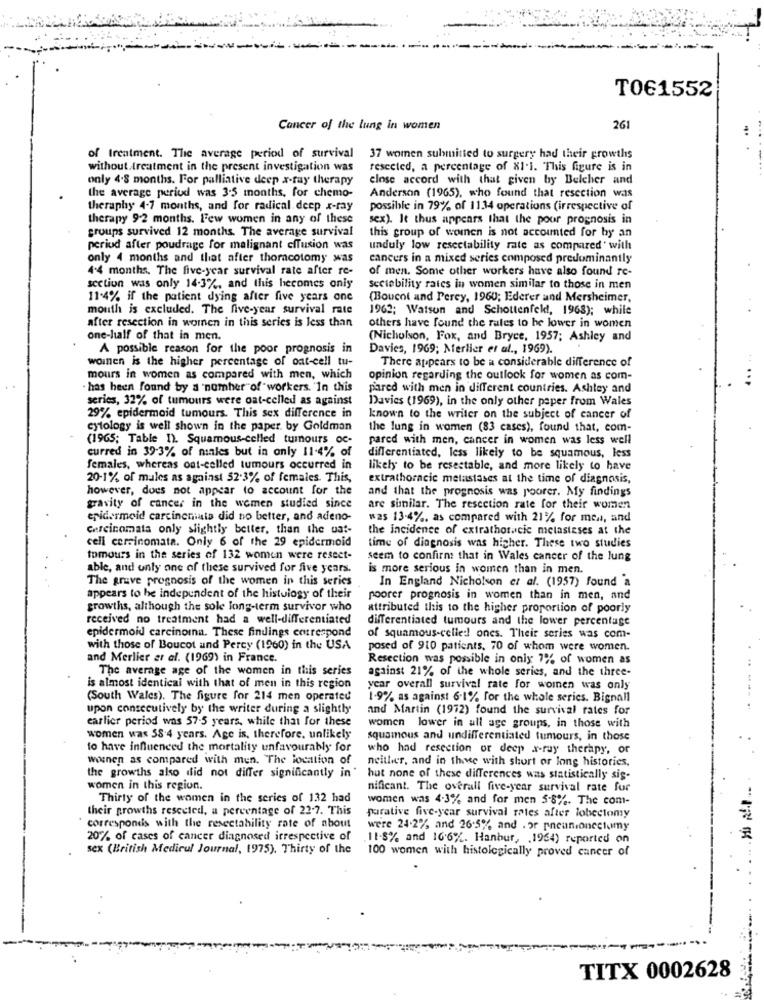
T0€1552
Cancer of the lung in women
261
of treatment. The average period of survival 37 women submitted to surgery had their growths
without.treatment in the present investigation was
resected, a percentage of X1.1. This figure is in
only 4.8 months. For palliative deep x-ray therapy
close accord with that given by Belcher and
the average period was 3.5 months, for chemo-
Anderson (1965), who found that resection was
theraphy 4-7 months, and for radical deep x-ray
possible in 79% of 1134 operations (irrespective of
therapy 9-2 months. Few women in any of these
sex). It thus appears that the pour prognosis in
groups survived 12 months. The average survival
this group of women is not accounted for by an
period after poudrage for malignant effusion was
unduly low resectability rate as compared' with
only 4 months and that after thoracotomy was
cancers in a mixed series composed predominantly
4.4 months, The five-year survival rate after re-
of men. Some other workers have also found re-
section was only 14-3%, and this hecomes oniy
Seciebility rates in women similar to those in men
11-4% if the patient dying after five years one
(Boucot and Perey, 1960; Ederer and Mersheimer,
mouth is excluded. The five-year survival rate
1962; Watson and Schottenfeld, 1963); while
after resection in women in this series is less than
others have found the rates to he lower in women
one-half of that in men.
(Nicholson, Fox, and Bryce, 1957; Ashley and
A possible reason for the poor prognosis in
Davies, 1969; Nerlier et al ., 1969).
There appears to be a considerable difference of
woinen is the higher percentage of oat-cell tu-
mours in women as compared with men, which
opinion regarding the outlook for women as com-
has been found by a number of workers. In this
pared with men in different countries. Ashley and
series, 32% of tumours were oat-celled as against
Davies (1969), in the only other paper from Wales
29% epidermoid tumours. This sex difference in
known to the writer on the subject of cancer of
cytology is well shown in the paper. by Goldman
the lung in women (83 cases), found that, com-
(1965; Table 1). Squamous-celled tumours oc-
pared with men, cancer in women was less well
curred in 39-3% of males but in only 11-4% of
differentiated, less likely to be squamous, less
females, whereas out-celled tumours occurred in
likely to be resestable, and more likely to have
20-1% of males as against 52.3% of females. This,
extrathoracic metastases at the time of diagnosis,
however, does not appear to account for the
and that the prognosis was poorer. My findings
gravity of cancer in the women studied since
are similar. The resection rate for their women
epidermoid carcincuiata did no better, and adeno-
was 13-4%, as compared with 21% for men, and
Carcinomata only slightly better, than the uat-
the incidence of extrathoracic metastases at the
cell ccrrinomata. Only 6 of the 29 epidermoid
time of diagnosis was higher. These two studies
tomours in the series of 132 women were resect-
seem to confirm that in Wales cancer of the lung
able, and only one of these survived for five years.
is more serious in women than in men.
The grave prognosis of the women in this series
In England Nicholson et al. (1957) found a
appears to be independent of the histology of their
poorer prognosis in women than in men, and
growths, although the sole long-term survivor who
attributed this to the higher proportion of poorly
received no treatment had a well-differentiated
differentiated tumours and the lower percentage
epidermoid carcinoina. These findings correspond
of squamous-celled! ones. Their series was com-
with those of Boucot und Percy (1960) in the USA
posed of 910 patients, 70 of whom were women.
and Merlier er al. (1969) in France.
Resection was possible in only 7% of women as
The average age of the women in this series
against 21% of the whole series, and the three-
is almost identical with that of men in this region
year overall survival rate for women was only
(South Wales). The figure for 214 men operated
1-9% as against 6-1% for the whole series. Bignall
upon consecutively by the writer during a slightly
and Martin (1972) found the survival rates for
earlier period was 57-5 years, while that for these
women lower in all age groups, in those with
women was 58 4 years. Age is, therefore, unlikely
squamous and undifferentiated tumours, in those
to have influenced the mortality unfavourably for
who had resection or deep x-ray therapy, or
wonen as compared with men. The location of
neither, and in there with short or long histories.
the growths also did not differ significantly in"
hut none of these differences was statistically sis-
women in this region.
nificant. The overall five-year survival rate for
Thirty of the women in the series of 132 had
women was 4.3% and for men 5-8%. The com-
their growths resected, a percentage of 22-7. This
porative five-year survival rates after lobectomy
corresponds with the resectability rate of about
were 24.2% and 26:5% and . or pneunionectomy
20% of cases of cancer diagnosed irrespective of
11-8% and 166%. Hanbur, . 1964) reported on
sex (British Medical Journal, 1975), Thirty of the
100 women with histologically proved cancer of
TITX 0002628